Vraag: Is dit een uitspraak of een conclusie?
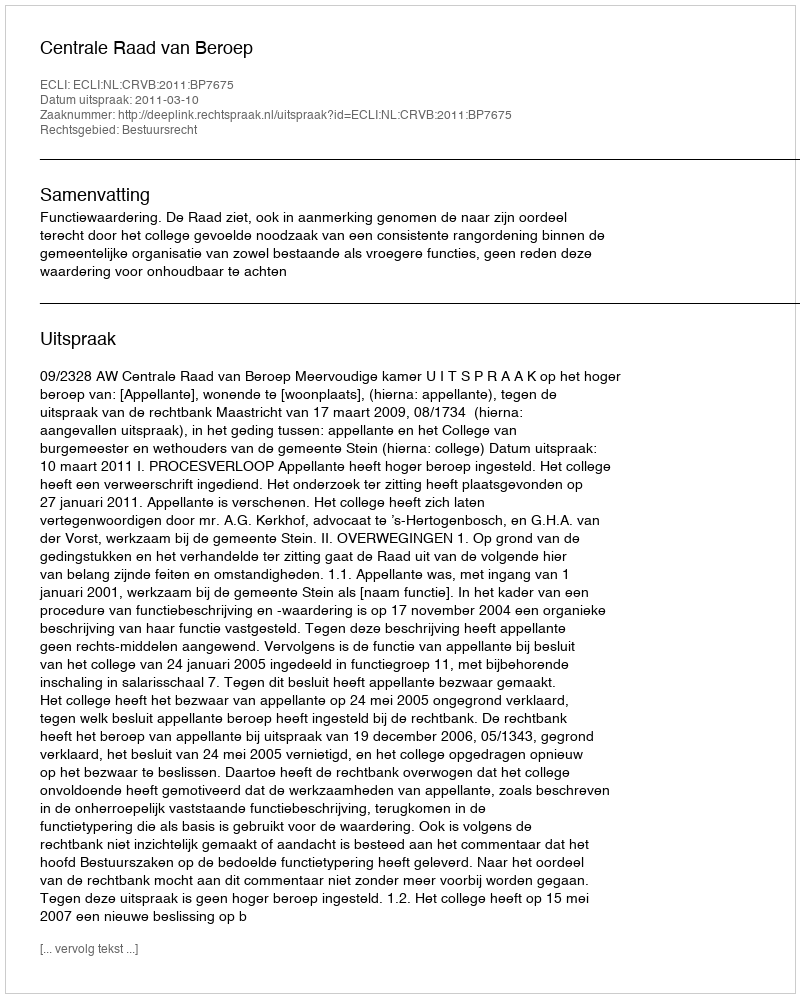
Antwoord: Uitspraak